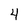
Character: 4